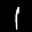
Label: 1